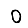
Digit: 0